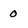
Character: o